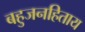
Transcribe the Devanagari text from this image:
बहुजनहिताय